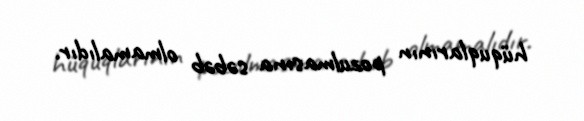
hüquqlarının pozulmasına səbəb olmamalıdır.